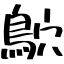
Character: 鴥